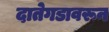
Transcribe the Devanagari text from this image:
दातेगडावरून